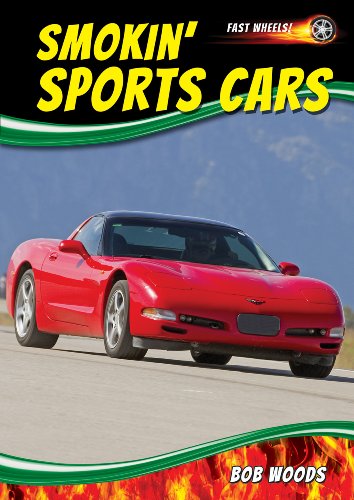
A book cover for Smokin' Sports Cars (Fast Wheels!); Bob Woods; Children's Books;